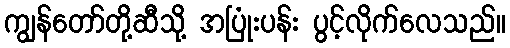
ကျွန်တော်တို့ဆီသို့ အပြုံးပန်း ပွင့်လိုက်လေသည်။